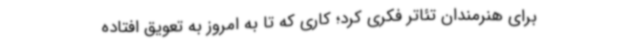
برای هنرمندان تئاتر فکری کرد؛ کاری که تا به امروز به تعویق افتاده